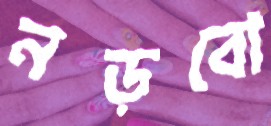
নড়বো